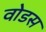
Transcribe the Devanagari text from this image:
वोडस